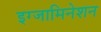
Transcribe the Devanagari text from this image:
इग्जामिनेशन